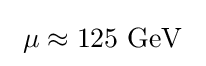
\ \mu \approx 125\ \mathrm {GeV} ~